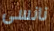
نانسى